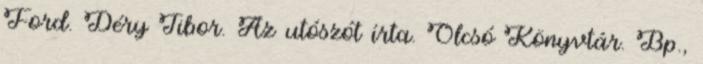
Ford. Déry Tibor. Az utószót írta. Olcsó Könyvtár. Bp.,